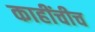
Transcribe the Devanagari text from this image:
काहींचीच